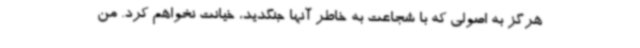
هرگز به اصولی که با شجاعت به خاطر آنها جنگدید، خیانت نخواهم کرد. من